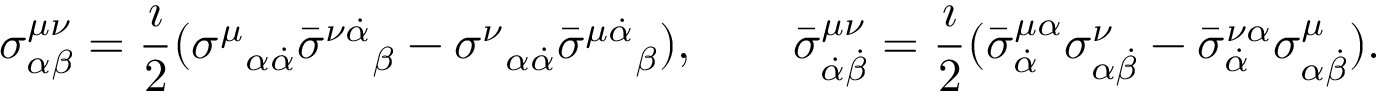
\sigma _ { \alpha \beta } ^ { \mu \nu } = \frac { \i } { 2 } ( { \sigma ^ { \mu } } _ { \alpha \dot { \alpha } } \bar { \sigma } ^ { \nu \dot { \alpha } } { } _ { \beta } - { \sigma ^ { \nu } } _ { \alpha \dot { \alpha } } \bar { \sigma } ^ { \mu \dot { \alpha } } { } _ { \beta } ) , \qquad \bar { \sigma } _ { \dot { \alpha } \dot { \beta } } ^ { \mu \nu } = \frac { \i } { 2 } ( \bar { \sigma } _ { \dot { \alpha } } ^ { \mu \alpha } \sigma _ { \alpha \dot { \beta } } ^ { \nu } - \bar { \sigma } _ { \dot { \alpha } } ^ { \nu \alpha } \sigma _ { \alpha \dot { \beta } } ^ { \mu } ) .